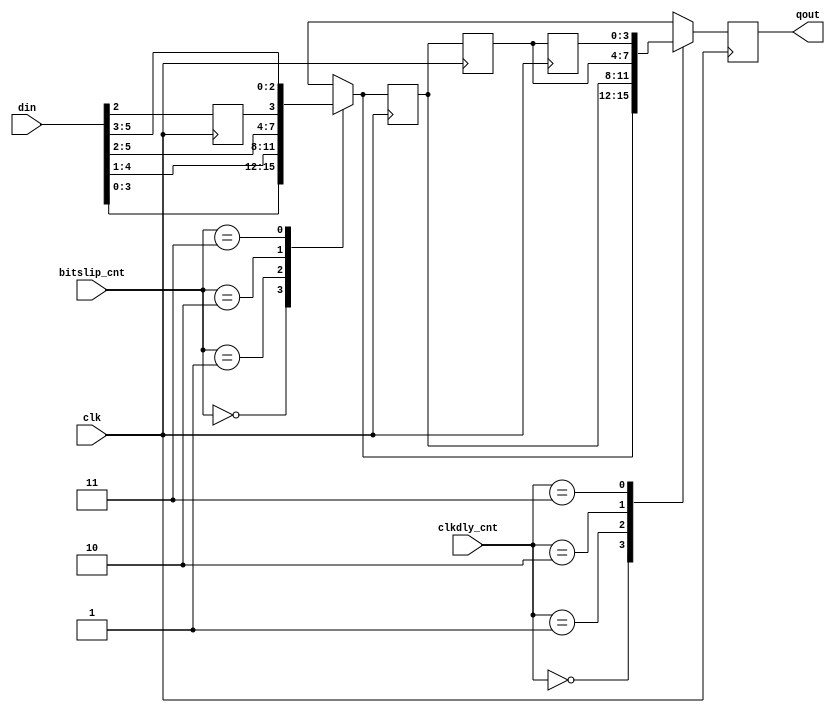
module rd_bitslip #
  (
   parameter TCQ = 100
  )
  (
   input            clk,
   input [1:0]      bitslip_cnt,
   input [1:0]      clkdly_cnt,
   input [5:0]      din,
   output reg [3:0] qout
   );

  reg       din2_r;
  reg [3:0] slip_out;
  reg [3:0] slip_out_r;
  reg [3:0] slip_out_r2;
  reg [3:0] slip_out_r3;
  
  //***************************************************************************

  always @(posedge clk)
    din2_r <= #TCQ din[2];
  
  // Can shift data from ISERDES from 0-3 fast clock cycles
  // NOTE: This is coded combinationally, in order to allow register to
  // occur after MUXing of delayed outputs. Timing may be difficult to
  // meet on this logic, if necessary, the register may need to be moved
  // here instead, or another register added. 
  always @(bitslip_cnt or din or din2_r)
    case (bitslip_cnt)
      2'b00: // No slip
        slip_out = {din[3], din[2], din[1], din[0]};
      2'b01: // Slip = 0.5 cycle
        slip_out = {din[4], din[3], din[2], din[1]};
      2'b10: // Slip = 1 cycle
        slip_out = {din[5], din[4], din[3], din[2]};
      2'b11: // Slip = 1.5 cycle
        slip_out = {din2_r, din[5], din[4], din[3]};
    endcase
  
  // Can delay up to 3 additional internal clock cycles - this accounts
  // not only for delays due to DRAM, PCB routing between different bytes,
  // but also differences within the FPGA - e.g. clock skew between different
  // I/O columns, and differences in latency between different circular
  // buffers or whatever synchronization method (FIFO) is used to get the
  // data into the global clock domain
  always @(posedge clk) begin
    slip_out_r  <= #TCQ slip_out;
    slip_out_r2 <= #TCQ slip_out_r;
    slip_out_r3 <= #TCQ slip_out_r2;
  end
    
  always @(posedge clk)
    case (clkdly_cnt)
      2'b00: qout <= #TCQ slip_out;
      2'b01: qout <= #TCQ slip_out_r;
      2'b10: qout <= #TCQ slip_out_r2;
      2'b11: qout <= #TCQ slip_out_r3;
    endcase
    
endmodule